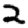
Digit: 2